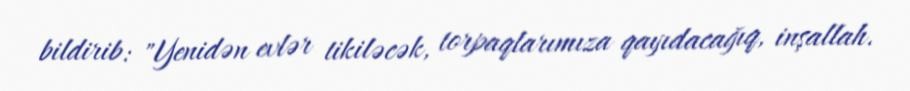
bildirib: "Yenidən evlər tikiləcək, torpaqlarımıza qayıdacağıq, inşallah.